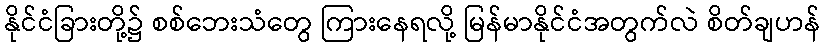
နိုင်ငံခြားတို့၌ စစ်ဘေးသံတွေ ကြားနေရလို့ မြန်မာနိုင်ငံအတွက်လဲ စိတ်ချဟန်